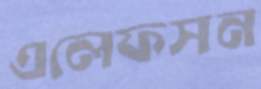
এলেফসন